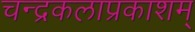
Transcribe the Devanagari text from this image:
चन्द्रकलाप्रकाशम्